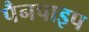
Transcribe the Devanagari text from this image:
पैनपाइप